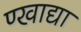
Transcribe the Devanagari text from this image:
ण्खाद्या